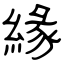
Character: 緣